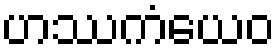
ဟဿကံယေဝ